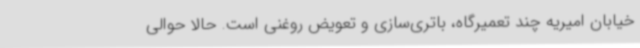
خیابان امیریه چند تعمیرگاه، باتری‌سازی و تعویض روغنی است. حالا حوالی